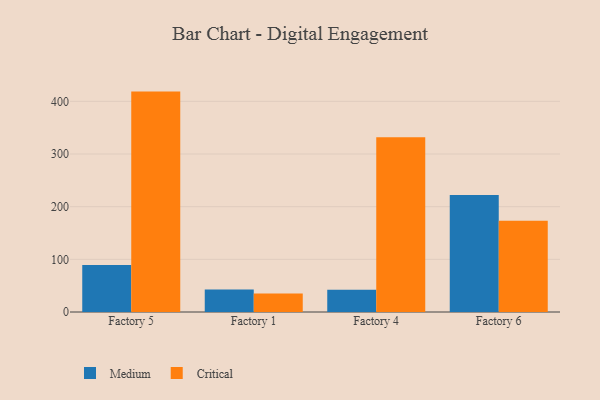
{"axis": {"x": "Factory", "y": "Backlog"}, "legend": ["Critical", "Medium"], "data": [{"x": "Factory 5", "y": 89.3, "type": "Medium"}, {"x": "Factory 5", "y": 418.5, "type": "Critical"}, {"x": "Factory 1", "y": 42.6, "type": "Medium"}, {"x": "Factory 1", "y": 35.0, "type": "Critical"}, {"x": "Factory 4", "y": 42.4, "type": "Medium"}, {"x": "Factory 4", "y": 332.0, "type": "Critical"}, {"x": "Factory 6", "y": 222.0, "type": "Medium"}, {"x": "Factory 6", "y": 173.2, "type": "Critical"}]}